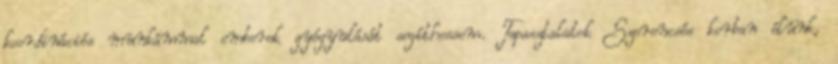
koordinációs munkámmal emberek gyógyulását segíthessem. Tapasztalatok Szerencsés korban élünk,